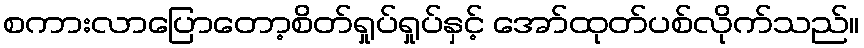
စကားလာပြောတော့စိတ်ရှုပ်ရှုပ်နှင့် အော်ထုတ်ပစ်လိုက်သည်။